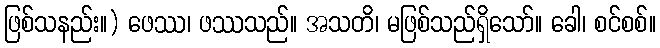
ဖြစ်သနည်း။) ဖေဿ၊ ဖဿသည်။ အသတိ၊ မဖြစ်သည်ရှိသော်။ ခေါ၊ စင်စစ်။